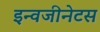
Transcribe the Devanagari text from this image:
इन्वजीनेटस